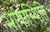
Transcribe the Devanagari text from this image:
भाषास्थिति